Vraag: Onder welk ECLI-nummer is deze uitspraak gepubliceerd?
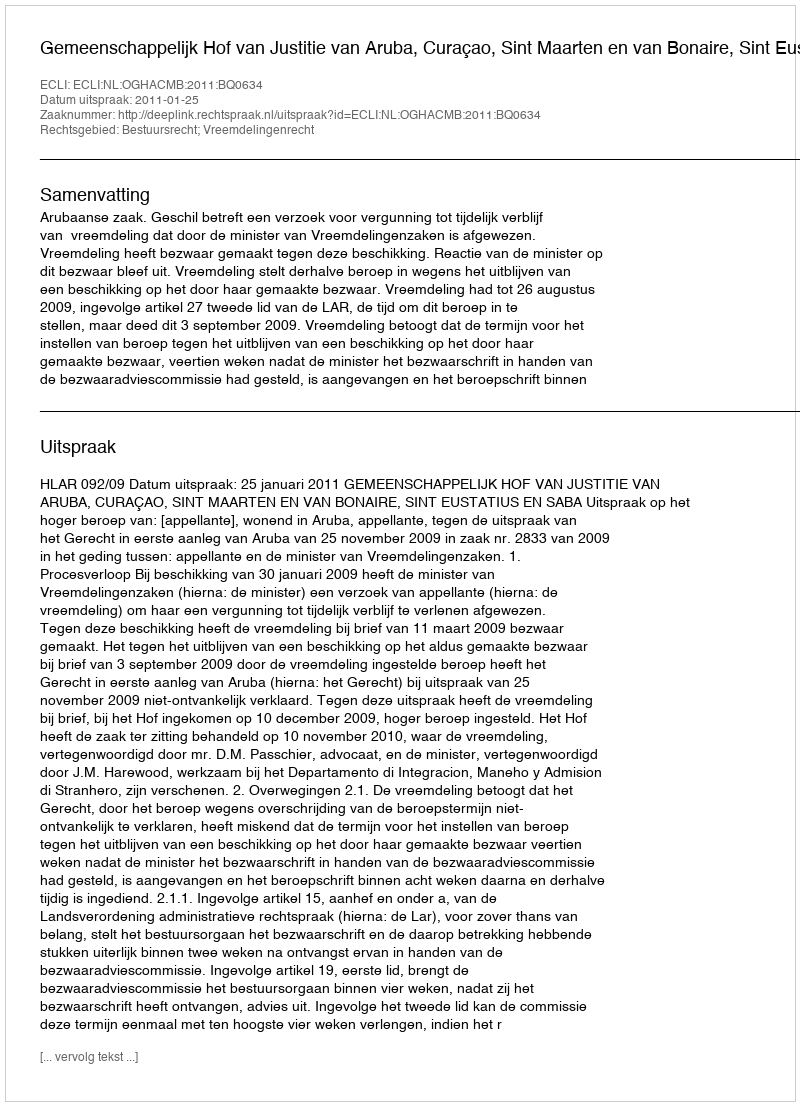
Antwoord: ECLI:NL:OGHACMB:2011:BQ0634